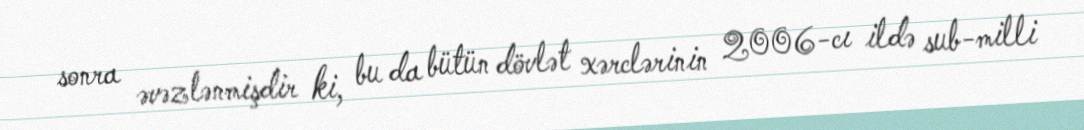
sonra əvəzlənmişdir ki, bu da bütün dövlət xərclərinin 2006-cı ildə sub-milli